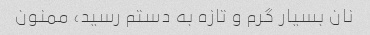
نان بسیار گرم و تازه به دستم رسید، ممنون